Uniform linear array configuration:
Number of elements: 12
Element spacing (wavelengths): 0.75
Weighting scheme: uniform
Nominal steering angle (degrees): -15
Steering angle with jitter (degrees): -13.215
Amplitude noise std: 0.05
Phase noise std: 0.05

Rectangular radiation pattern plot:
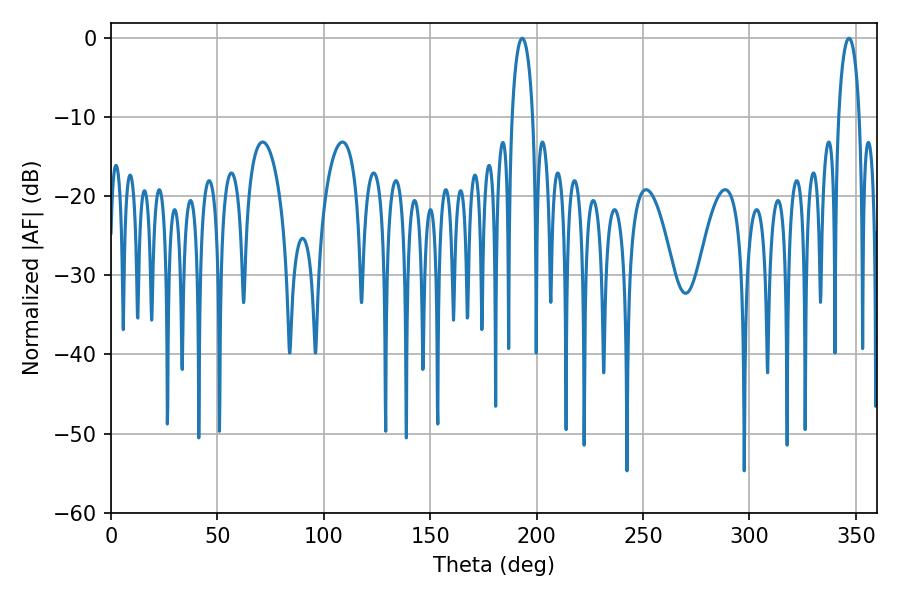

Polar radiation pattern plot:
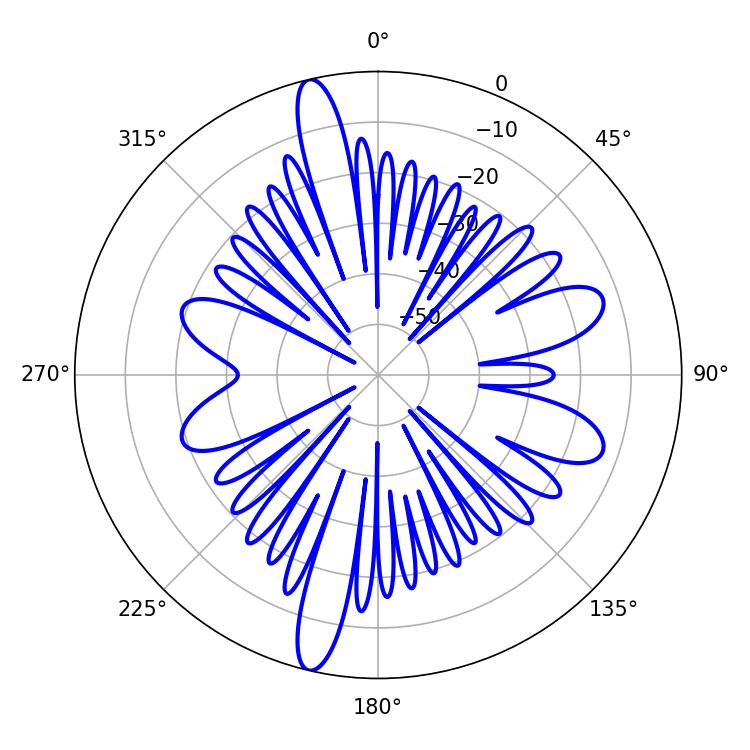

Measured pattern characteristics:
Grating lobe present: TRUE
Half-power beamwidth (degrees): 5.58
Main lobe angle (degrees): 193.14